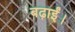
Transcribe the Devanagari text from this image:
बढ़ाईं।